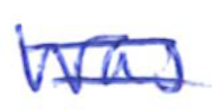
Text: was
Cross-out: double-line
Writing tool: ballpoint